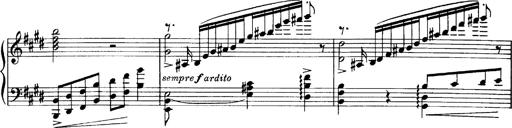
Title: OuvertÃ¼re zu TannhÃ¤user
Composer: Franz Liszt